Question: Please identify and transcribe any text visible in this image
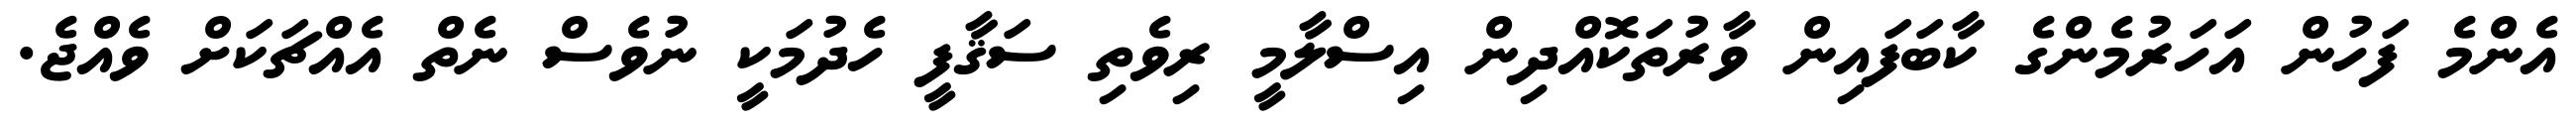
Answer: އެންމެ ފަހުން އަހަރުމެންގެ ކާބަފައިން ވާރުތަކޮއްދިން އިސްލާމީ ރިވެތި ސަޤާފީ ހެދުމަކީ ނުވެސް ނެތް އެއްޗަކަށް ވެއްޖެ.